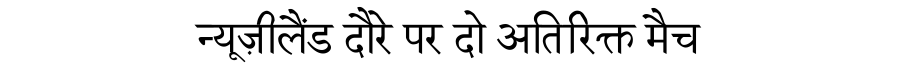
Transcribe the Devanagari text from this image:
न्यूज़ीलैंड दौरे पर दो अतिरिक्त मैच